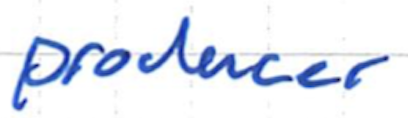
Text: producer
Cross-out: clean
Writing tool: ballpoint